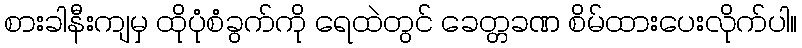
စားခါနီးကျမှ ထိုပုံစံခွက်ကို ရေထဲတွင် ခေတ္တခဏ စိမ်ထားပေးလိုက်ပါ။